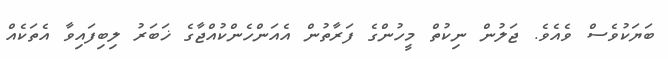
ބަޔަކުވެސް ވެއެވެ. ޖަލުން ނިކުތް މީހުންގެ ފަރާތުން އެއަންހެންކުއްޖާގެ ޚަބަރު ލިބިފައިވާ އެތަކެއް